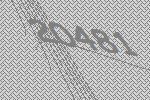
20481